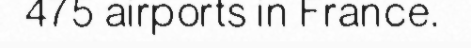
475 airports in France.